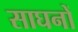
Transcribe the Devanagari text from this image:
साघनों